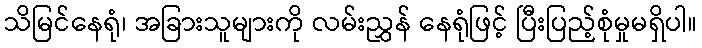
သိမြင်နေရုံ၊ အခြားသူများကို လမ်းညွှန် နေရုံဖြင့် ပြီးပြည့်စုံမှုမရှိပါ။